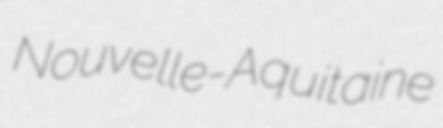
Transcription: Nouvelle-Aquitaine